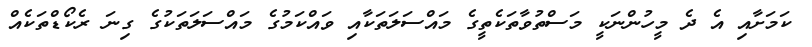
ކަމަށާއި އެ ދެ މީހުންނަކީ މަސްތުވާތަކެތީގެ މައްސަލަތަކާއި ވައްކަމުގެ މައްސަލަތަކުގެ ގިނަ ރެކޯޑްތަކެއް